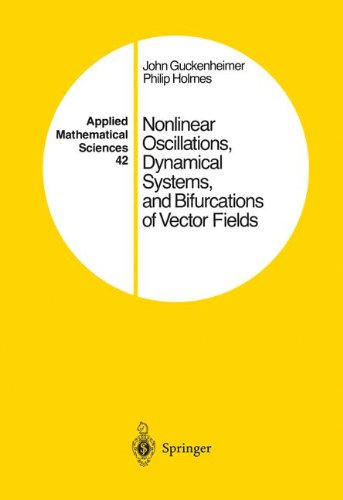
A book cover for Nonlinear Oscillations, Dynamical Systems, and Bifurcations of Vector Fields (Applied Mathematical Sciences); John Guckenheimer; Science & Math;